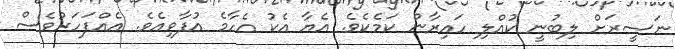
ނަސީރަށް ލިބުނީ ކުއްލި ހައިރާން ކަމެކެވެ. އެޔާ އެކު އެހާމެ އުފާވިއެވެ. އެއްފަހަރުވެސް